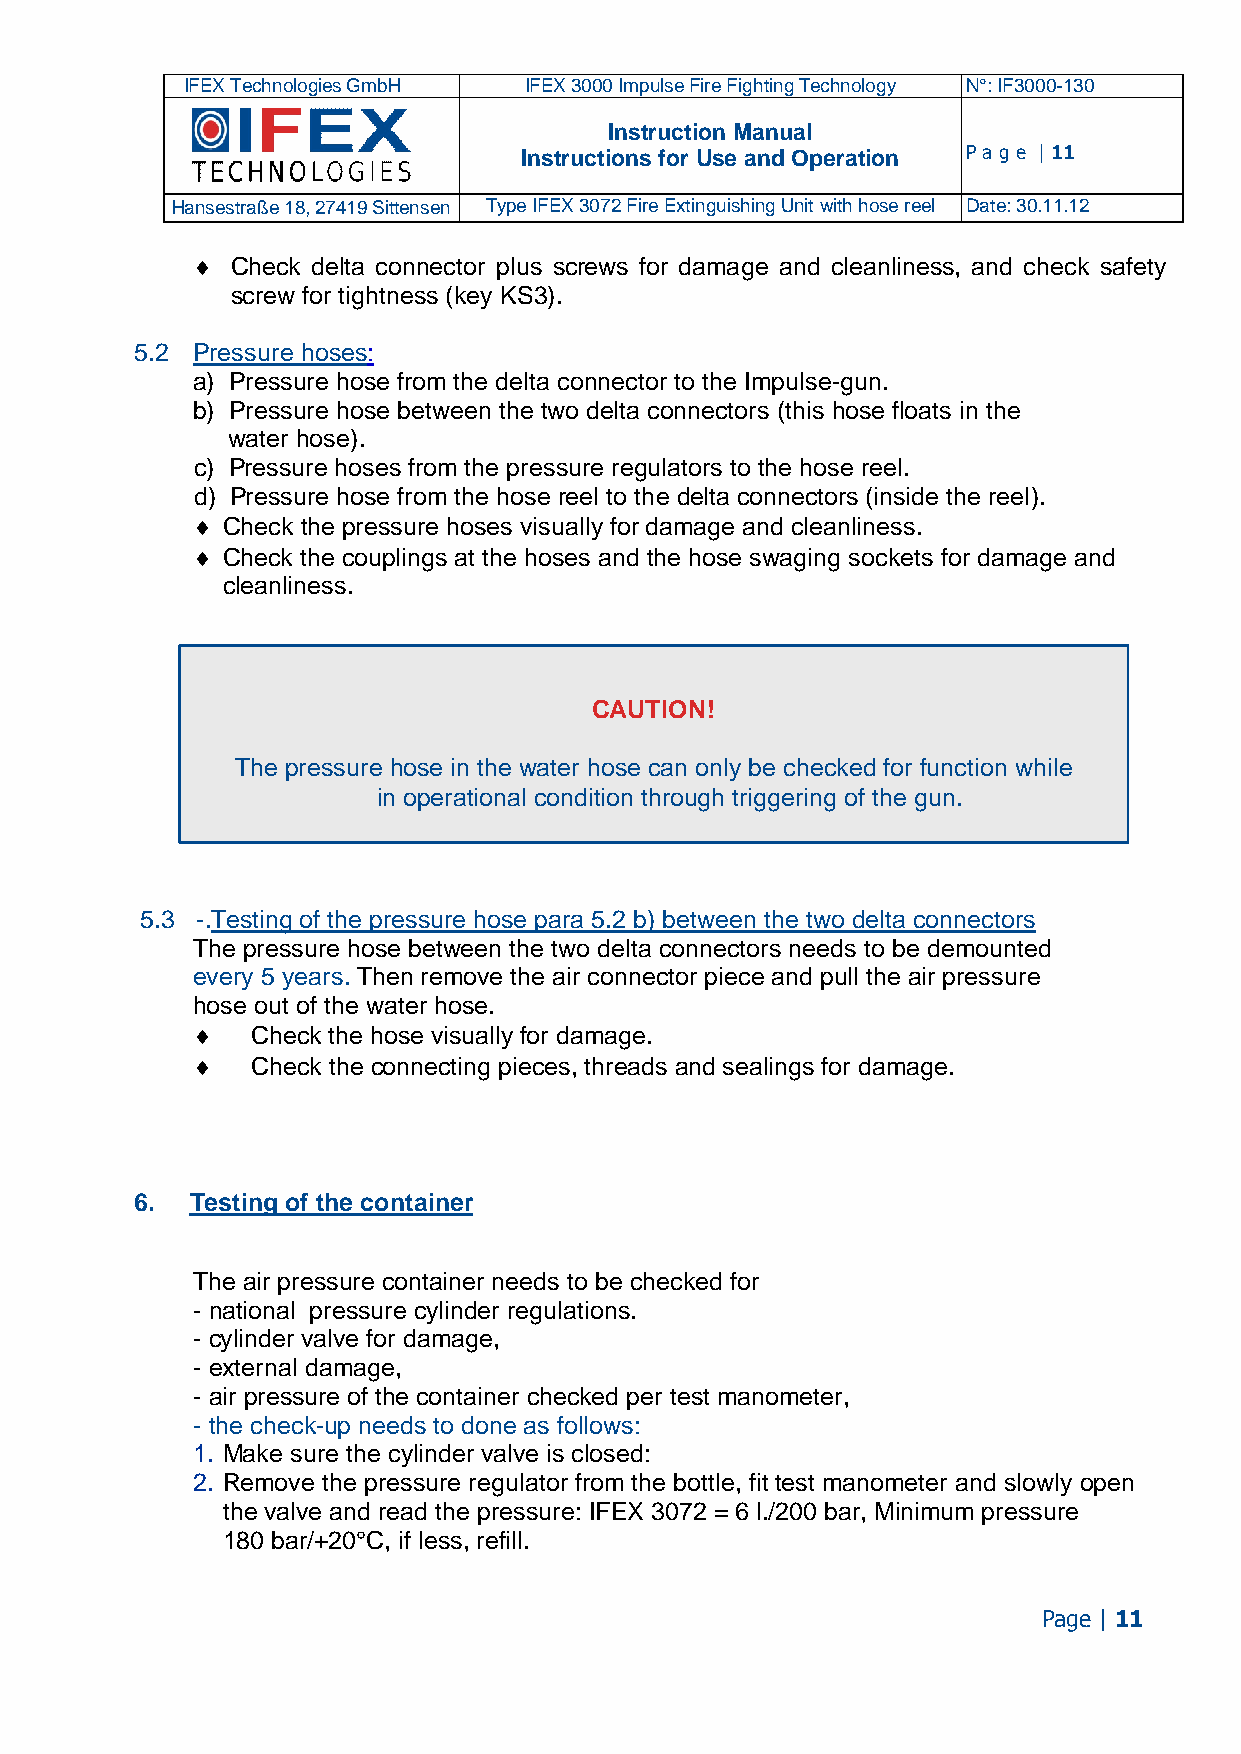
IFEX Technologies GmbH IFEX 3000 Impulse Fire Fighting Technology N°: IF3000-130
 Instruction Manual
 Instructions for Use and Operation Pa ge | 11
 Hansestraße 18, 27419 Sittensen Type IFEX 3072 Fire Extinguishing Unit with hose reel Date: 30.11.12
 ¤ Check delta connector plus screws for damage and cleanliness, and check safety
 screw for tightness (key KS3).
 5.2 Pressure hoses:
 a) Pressure hose from the delta connector to the Impulse-gun.
 b) Pressure hose between the two delta connectors (this hose floats in the
 water hose).
 c) Pressure hoses from the pressure regulators to the hose reel.
 d) Pressure hose from the hose reel to the delta connectors (inside the reel).
 ¤ Check the pressure hoses visually for damage and cleanliness.
 ¤ Check the couplings at the hoses and the hose swaging sockets for damage and
 cleanliness.
 CAUTION!
 The pressure hose in the water hose can only be checked for function while
 in operational condition through triggering of the gun.
 5.3 -.Testing of the pressure hose para 5.2 b) between the two delta connectors
 The pressure hose between the two delta connectors needs to be demounted
 every 5 years. Then remove the air connector piece and pull the air pressure
 hose out of the water hose.
 ¤   Check the hose visually for damage.
 ¤   Check the connecting pieces, threads and sealings for damage.
 6.  Testing of the container
 The air pressure container needs to be checked for
 - national pressure cylinder regulations.
 - cylinder valve for damage,
 - external damage,
 - air pressure of the container checked per test manometer,
 - the check-up needs to done as follows:
 1. Make sure the cylinder valve is closed:
 2. Remove the pressure regulator from the bottle, fit test manometer and slowly open
 the valve and read the pressure: IFEX 3072 = 6 l./200 bar, Minimum pressure
 180 bar/+20°C, if less, refill.
 Page | 11